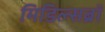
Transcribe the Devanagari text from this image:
मिडिल्सब्रॉ